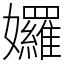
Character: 𡤢